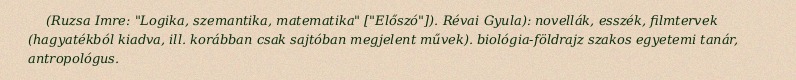
(Ruzsa Imre: "Logika, szemantika, matematika" ["Előszó"]). Révai Gyula): novellák, esszék, filmtervek (hagyatékból kiadva, ill. korábban csak sajtóban megjelent művek). biológia-földrajz szakos egyetemi tanár, antropológus.